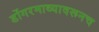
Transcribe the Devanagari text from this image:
डोंगरमाथ्यावरूनच